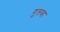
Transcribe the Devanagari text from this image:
गुलबा